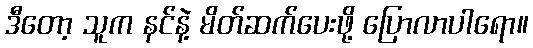
ဒီတော့ သူက နင်နဲ့ မိတ်ဆက်ပေးဖို့ ပြောလာပါရော။